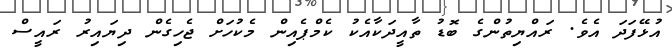
އުޅޭފަދަ އެވެ. ރައްޔިތުންގެ ބޮޑު ތާއީދަކާއެކު ކެމްޕެއިން މެކުހަށް ޖެހިގެން ދިޔައިރު ރައީސް